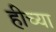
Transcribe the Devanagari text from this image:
हीच्या